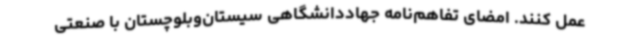
عمل کنند. امضای تفاهم‌نامه جهاددانشگاهی سیستان‌وبلوچستان با صنعتی